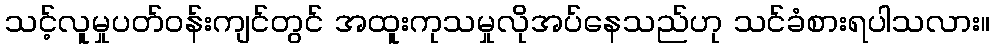
သင့်လူမှုပတ်ဝန်းကျင်တွင် အထူးကုသမှုလိုအပ်နေသည်ဟု သင်ခံစားရပါသလား။